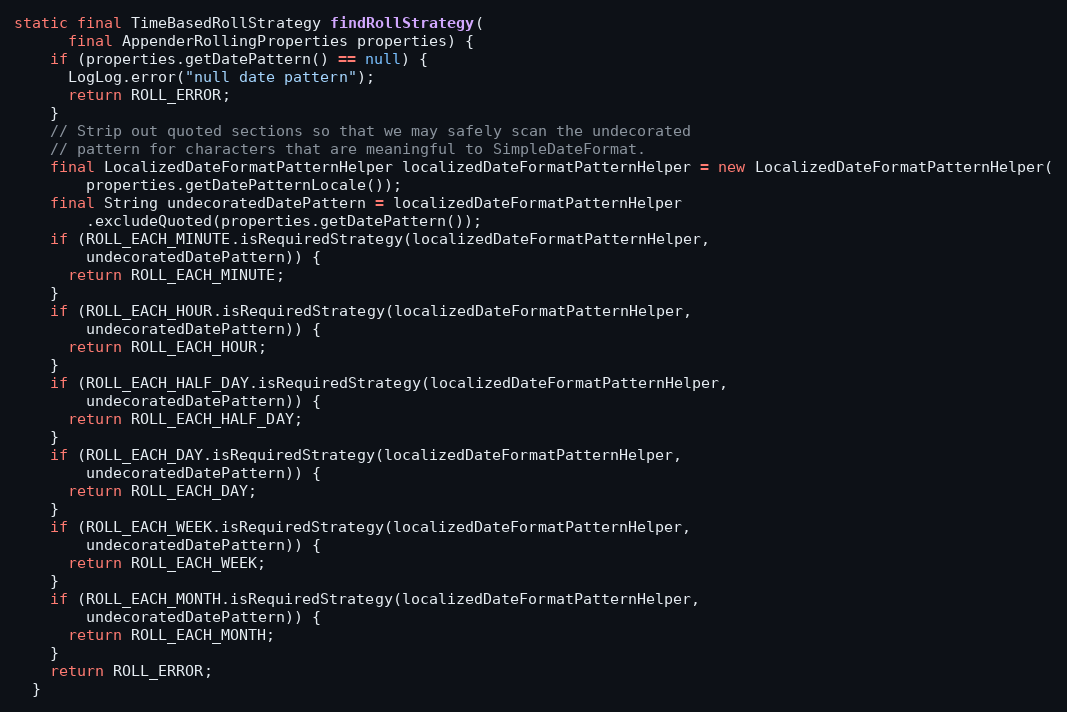
Language: Java
static final TimeBasedRollStrategy findRollStrategy(
      final AppenderRollingProperties properties) {
    if (properties.getDatePattern() == null) {
      LogLog.error("null date pattern");
      return ROLL_ERROR;
    }
    // Strip out quoted sections so that we may safely scan the undecorated
    // pattern for characters that are meaningful to SimpleDateFormat.
    final LocalizedDateFormatPatternHelper localizedDateFormatPatternHelper = new LocalizedDateFormatPatternHelper(
        properties.getDatePatternLocale());
    final String undecoratedDatePattern = localizedDateFormatPatternHelper
        .excludeQuoted(properties.getDatePattern());
    if (ROLL_EACH_MINUTE.isRequiredStrategy(localizedDateFormatPatternHelper,
        undecoratedDatePattern)) {
      return ROLL_EACH_MINUTE;
    }
    if (ROLL_EACH_HOUR.isRequiredStrategy(localizedDateFormatPatternHelper,
        undecoratedDatePattern)) {
      return ROLL_EACH_HOUR;
    }
    if (ROLL_EACH_HALF_DAY.isRequiredStrategy(localizedDateFormatPatternHelper,
        undecoratedDatePattern)) {
      return ROLL_EACH_HALF_DAY;
    }
    if (ROLL_EACH_DAY.isRequiredStrategy(localizedDateFormatPatternHelper,
        undecoratedDatePattern)) {
      return ROLL_EACH_DAY;
    }
    if (ROLL_EACH_WEEK.isRequiredStrategy(localizedDateFormatPatternHelper,
        undecoratedDatePattern)) {
      return ROLL_EACH_WEEK;
    }
    if (ROLL_EACH_MONTH.isRequiredStrategy(localizedDateFormatPatternHelper,
        undecoratedDatePattern)) {
      return ROLL_EACH_MONTH;
    }
    return ROLL_ERROR;
  }